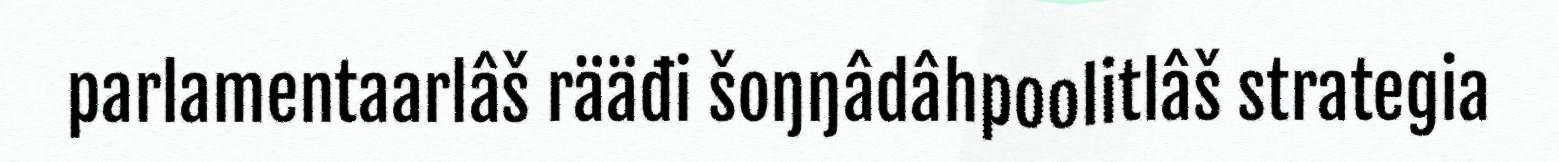
parlamentaarlâš rääđi šoŋŋâdâhpoolitlâš strategia